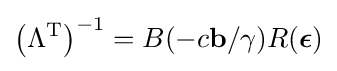
\left(\Lambda ^{\mathrm {T} }\right)^{-1}=B(-c\mathbf {b} /\gamma )R({\boldsymbol {\epsilon }})